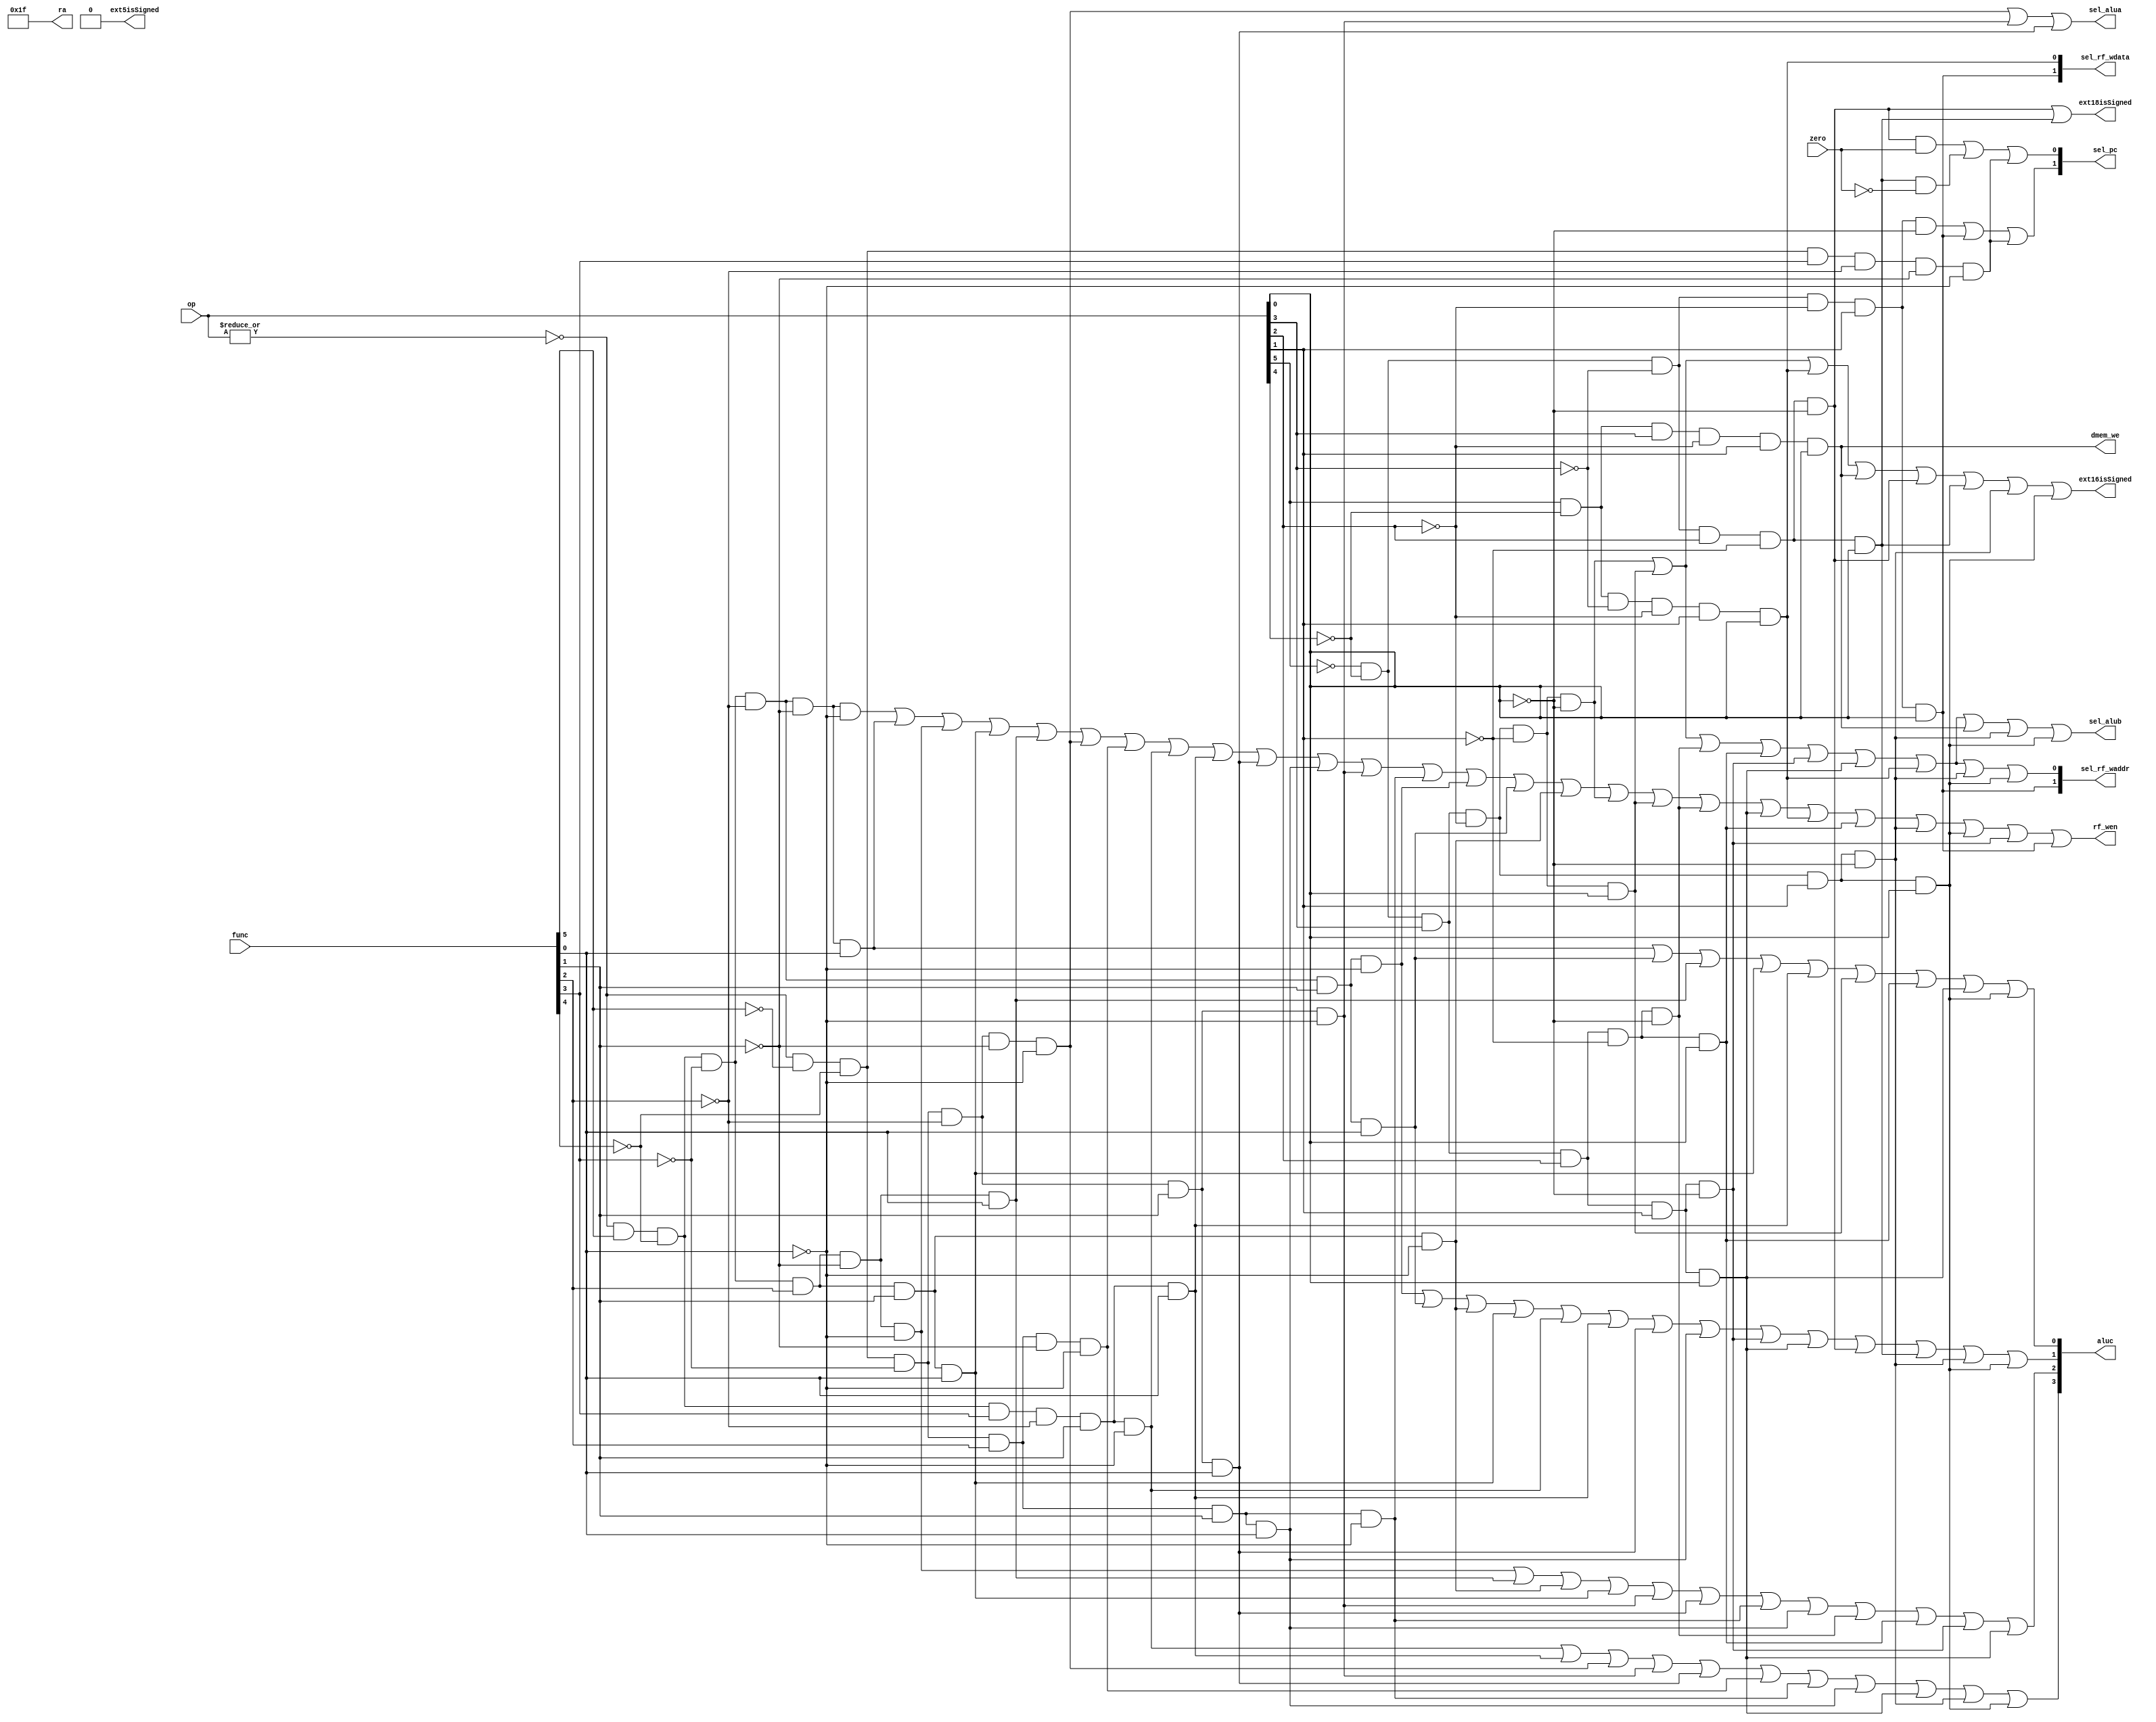
`timescale 1ns / 1ps
//////////////////////////////////////////////////////////////////////////////////
// Company: 
// Engineer: 
// 
// Design Name: 
// Module Name: cu
// Project Name: 
// Target Devices: 
// Tool Versions: 
// Description: 
// 
// Dependencies: 
// 
// Revision:
// Revision 0.01 - File Created
// Additional Comments:
// 
//////////////////////////////////////////////////////////////////////////////////

module cu(
    input [5:0] op,
    input [5:0] func,
    input       zero,

    output   [1:0]sel_rf_waddr,
    output   [1:0]sel_rf_wdata,

    output   rf_wen,
    output   sel_alua,
    output   sel_alub,
    output   [1:0]sel_pc,
    output   [3:0]aluc,
    output   [4:0]ra,
    output   ext5isSigned,
    output   ext16isSigned,
    output   ext18isSigned,
    output   dmem_we
    );
wire opzero = ~(|op);
wire i_add  =   opzero  &   func[5] &   ~func[4]    &   ~func[3]    &   ~func[2]    &   ~func[1]    &   ~func[0];
wire i_addu =   opzero  &   func[5] &   ~func[4]    &   ~func[3]    &   ~func[2]    &   ~func[1]    &    func[0];
wire i_sub  =   opzero  &   func[5] &   ~func[4]    &   ~func[3]    &   ~func[2]    &    func[1]    &   ~func[0];
wire i_subu =   opzero  &   func[5] &   ~func[4]    &   ~func[3]    &   ~func[2]    &    func[1]    &    func[0];
wire i_and  =   opzero  &   func[5] &   ~func[4]    &   ~func[3]    &    func[2]    &   ~func[1]    &   ~func[0];
wire i_or   =   opzero  &   func[5] &   ~func[4]    &   ~func[3]    &    func[2]    &   ~func[1]    &    func[0];
wire i_xor  =   opzero  &   func[5] &   ~func[4]    &   ~func[3]    &    func[2]    &    func[1]    &   ~func[0];
wire i_nor  =   opzero  &   func[5] &   ~func[4]    &   ~func[3]    &    func[2]    &    func[1]    &    func[0];
wire i_slt  =   opzero  &   func[5] &   ~func[4]    &    func[3]    &   ~func[2]    &    func[1]    &   ~func[0];
wire i_sltu =   opzero  &   func[5] &   ~func[4]    &    func[3]    &   ~func[2]    &    func[1]    &    func[0];
wire i_sll  =   opzero  &  ~func[5] &   ~func[4]    &   ~func[3]    &   ~func[2]    &   ~func[1]    &   ~func[0];
wire i_srl  =   opzero  &  ~func[5] &   ~func[4]    &   ~func[3]    &   ~func[2]    &    func[1]    &   ~func[0];
wire i_sra  =   opzero  &  ~func[5] &   ~func[4]    &   ~func[3]    &   ~func[2]    &    func[1]    &    func[0];
wire i_sllv =   opzero  &  ~func[5] &   ~func[4]    &   ~func[3]    &    func[2]    &   ~func[1]    &   ~func[0];
wire i_srlv =   opzero  &  ~func[5] &   ~func[4]    &   ~func[3]    &    func[2]    &    func[1]    &   ~func[0];
wire i_srav =   opzero  &  ~func[5] &   ~func[4]    &   ~func[3]    &    func[2]    &    func[1]    &    func[0];
wire i_jr   =   opzero  &  ~func[5] &   ~func[4]    &    func[3]    &   ~func[2]    &   ~func[1]    &   ~func[0];
wire i_addi =              ~op[5]   &   ~op[4]      &    op[3]      &   ~op[2]      &   ~op[1]      &   ~op[0];    
wire i_addiu=              ~op[5]   &   ~op[4]      &    op[3]      &   ~op[2]      &   ~op[1]      &    op[0];
wire i_andi =              ~op[5]   &   ~op[4]      &    op[3]      &    op[2]      &   ~op[1]      &   ~op[0];
wire i_ori  =              ~op[5]   &   ~op[4]      &    op[3]      &    op[2]      &   ~op[1]      &    op[0];
wire i_xori =              ~op[5]   &   ~op[4]      &    op[3]      &    op[2]      &    op[1]      &   ~op[0];
wire i_lui  =              ~op[5]   &   ~op[4]      &    op[3]      &    op[2]      &    op[1]      &    op[0];
wire i_lw   =               op[5]   &   ~op[4]      &   ~op[3]      &   ~op[2]      &    op[1]      &    op[0];
wire i_sw   =               op[5]   &   ~op[4]      &    op[3]      &   ~op[2]      &    op[1]      &    op[0];
wire i_beq  =              ~op[5]   &   ~op[4]      &   ~op[3]      &    op[2]      &   ~op[1]      &   ~op[0];
wire i_bne  =              ~op[5]   &   ~op[4]      &   ~op[3]      &    op[2]      &   ~op[1]      &    op[0];
wire i_slti =              ~op[5]   &   ~op[4]      &    op[3]      &   ~op[2]      &    op[1]      &   ~op[0];
wire i_sltiu=              ~op[5]   &   ~op[4]      &    op[3]      &   ~op[2]      &    op[1]      &    op[0];
wire i_j    =              ~op[5]   &   ~op[4]      &   ~op[3]      &   ~op[2]      &    op[1]      &   ~op[0];
wire i_jal  =              ~op[5]   &   ~op[4]      &   ~op[3]      &   ~op[2]      &    op[1]      &    op[0];

assign sel_alua =           i_sll   |   i_srl   |   i_sra;
assign sel_alub =           i_addi  |   i_addiu |   i_andi  |   i_ori   |   i_xori  |   i_lui   |   i_lw    |   i_sw    |   i_slti  |   i_sltiu;
assign sel_rf_waddr[0] =    i_addi  |   i_addiu |   i_andi  |   i_ori   |   i_xori  |   i_lui   |   i_lw    |   i_slti  |   i_sltiu;
assign sel_rf_waddr[1] =    i_jal;
assign sel_rf_wdata[0] =    i_lw;
assign sel_rf_wdata[1] =    i_jal;
assign rf_wen          =    i_add   |   i_addu  |   i_and   |   i_nor   |   i_or    |   i_sll   |   i_sllv  | i_slt     | i_sltu    |
                            i_sra   |   i_srav  |   i_srl   |   i_srlv  |   i_sub   |   i_subu  |   i_xor   | i_addi    | i_addiu   |
                            i_andi  |   i_lui   |   i_lw    |   i_ori   |   i_slti  |   i_sltiu |   i_xori  | i_jal   ;

assign sel_pc[0]       =    i_beq&zero   |   i_bne&~zero    |   i_jr;
assign sel_pc[1]       =    i_j     |   i_jal   |   i_jr;
assign aluc[3]         =    i_slt   |   i_sltu  |   i_sll   |   i_srl   |   i_sra   |   i_sllv  |   i_srlv  |   i_srav  |   i_lui   |   i_slti  |
                            i_sltiu;
assign aluc[2]         =    i_and   |   i_or    |   i_xor   |   i_nor   |   i_srl   |   i_sra   |   i_srlv  |   i_srav  |   i_andi  |   i_ori   |
                            i_xori  |   i_lui;
assign aluc[1]         =    i_sub   |   i_subu  |   i_xor   |   i_nor   |   i_slt   |   i_sltu  |   i_sra   |   i_srav  |   i_xori  |
                            i_lui   |   i_beq   |   i_bne   |   i_slti  |   i_sltiu;
assign aluc[0]         =    i_addu  |   i_subu  |   i_or    |   i_nor   |   i_sltu  |   i_addiu |   i_ori   |   i_lui   |   i_sltiu;
assign ra              =    5'b11111;
assign ext5isSigned    =    1'b0;
assign ext16isSigned   =    i_addi  |   i_addiu |   i_lw    |   i_sw    |   i_beq   |   i_bne   |   i_slti  |   i_sltiu;  
assign ext18isSigned   =    i_beq   |   i_bne;
assign dmem_we         =    i_sw;
endmodule